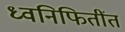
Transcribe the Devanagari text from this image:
ध्वनिफितींत